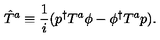
\hat { T } ^ { a } \equiv \frac { 1 } { i } ( p ^ { \dagger } T ^ { a } \phi - \phi ^ { \dagger } T ^ { a } p ) .